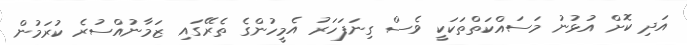
އަދި ކޮށް އުޅުނު މަސައްކަތްތަކަކީ ވެސް ގިނަފަހަރު އެމީހުންގެ ތެރޭގައި ޒަމާނުއްސުރެ ކުރަމުން